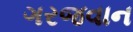
ગરજવાન